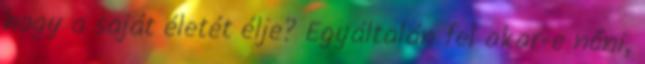
hogy a saját életét élje? Egyáltalán fel akar-e nőni,